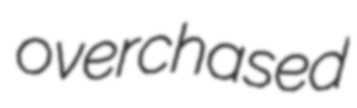
overchased